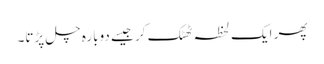
پھر ایک لحظہ ٹھٹک کر جیسے دوبارہ چل پڑتا۔